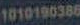
1010190386